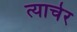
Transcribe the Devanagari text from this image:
त्याचेर